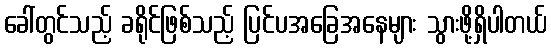
ခေါ်တွင်သည့် ခရိုင်ဖြစ်သည့် ပြင်ပအခြေအနေများ သွားဖို့ရှိပါတယ်